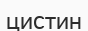
цистин